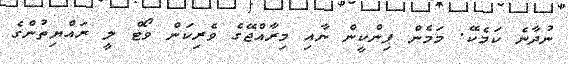
ނުދާނެ ކަމެކޭ. މަމެން ޕިންކީން ނާއި މިރާއްޖޭގެ ވެރިކަން ވޯޓް ލީ ރައްޔިތުންގެ